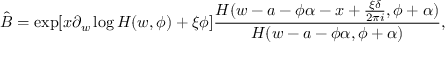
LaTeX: \hat { B } = \exp [ x \partial _ { w } \log H ( w , \phi ) + \xi \phi ] \frac { H ( w - a - \phi \alpha - x + \frac { \xi \delta } { 2 \pi i } , \phi + \alpha ) } { H ( w - a - \phi \alpha , \phi + \alpha ) } ,